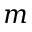
m